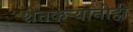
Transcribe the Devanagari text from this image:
शेतकऱ्यांनीही